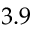
3 . 9